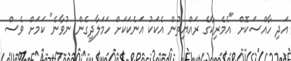
އަދި ހާއްސަކޮށް "އެމެރިކާގެ ރައްޔިތުން އެކަކު އަނެކަކަށް ހަމަލާދީގެން ނުވާނެ" ކަމަށް ވެސް